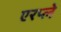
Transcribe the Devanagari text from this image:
एरप्ले